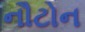
નૌટોન